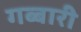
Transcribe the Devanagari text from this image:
गब्बारी